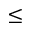
\leq